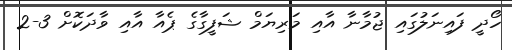
ހޯދީ ފައިނަލުގައި ޖުމާނާ އާއި މަރިޔަމް ޝަފީގާގެ ޕެއާ އާއި ވާދަކޮށް 3-2